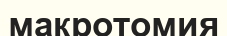
макротомия